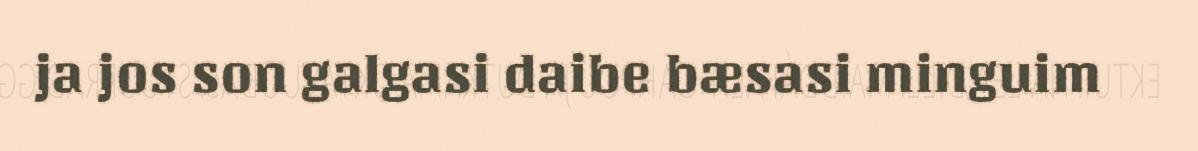
ja jos son galgasi daibe bæsasi minguim